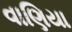
વાણિયા